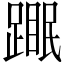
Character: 𬧆